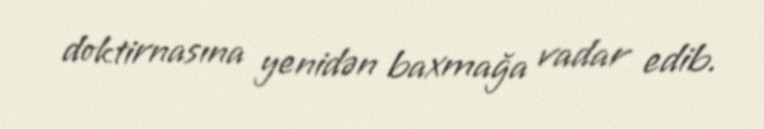
doktirnasına yenidən baxmağa vadar edib.